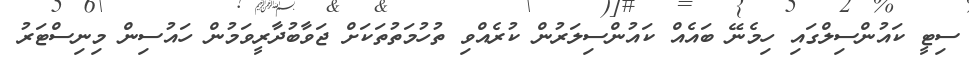
ސިޓީ ކައުންސިލްގައި ހިމެނޭ ބައެއް ކައުންސިލަރުން ކުރެއްވި ތުހުމަތުތަކަށް ޖަވާބުދާރީވަމުން ހައުސިން މިނިސްޓަރު